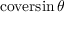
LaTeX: \operatorname { c o v e r s i n } \theta